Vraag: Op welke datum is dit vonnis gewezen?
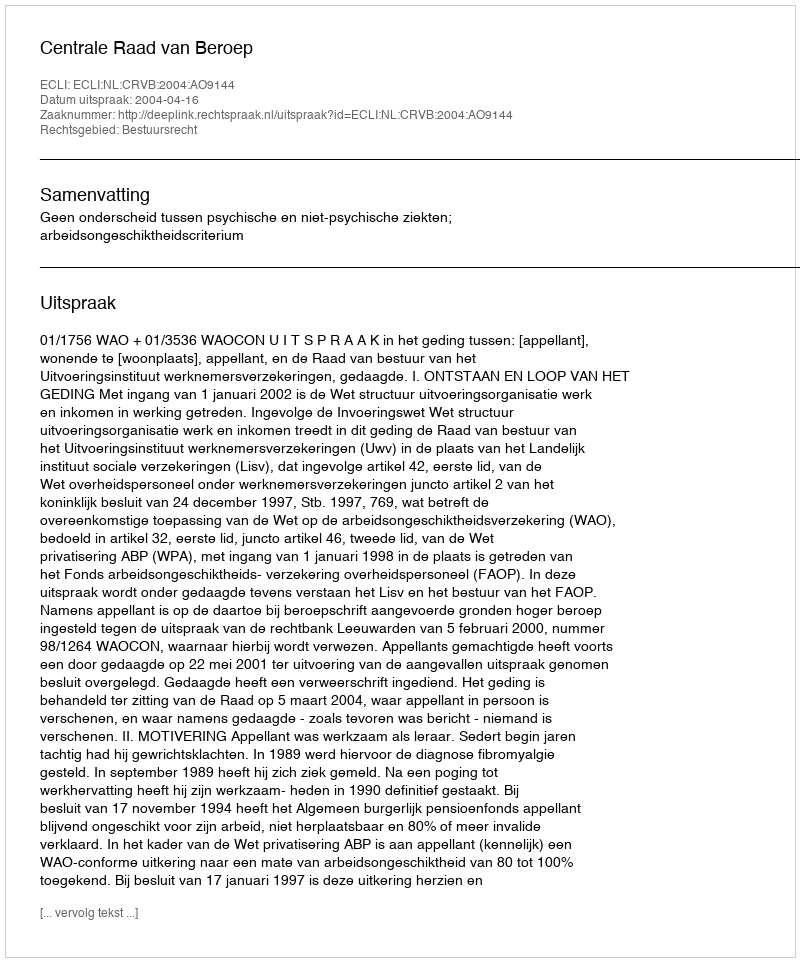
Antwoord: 2004-04-16